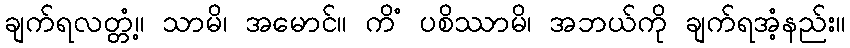
ချက်ရလတ္တံ့။ သာမိ၊ အမောင်။ ကိံ ပစိဿာမိ၊ အဘယ်ကို ချက်ရအံ့နည်း။